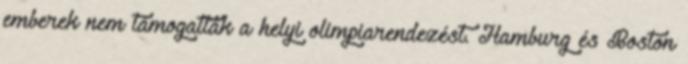
emberek nem támogatták a helyi olimpiarendezést. Hamburg és Boston